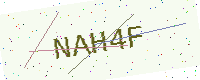
Text: NAH4F